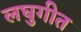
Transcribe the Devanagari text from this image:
लघुगीत